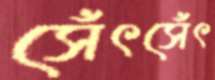
সেঁৎসেঁৎ